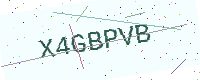
Text: X4GBPVB